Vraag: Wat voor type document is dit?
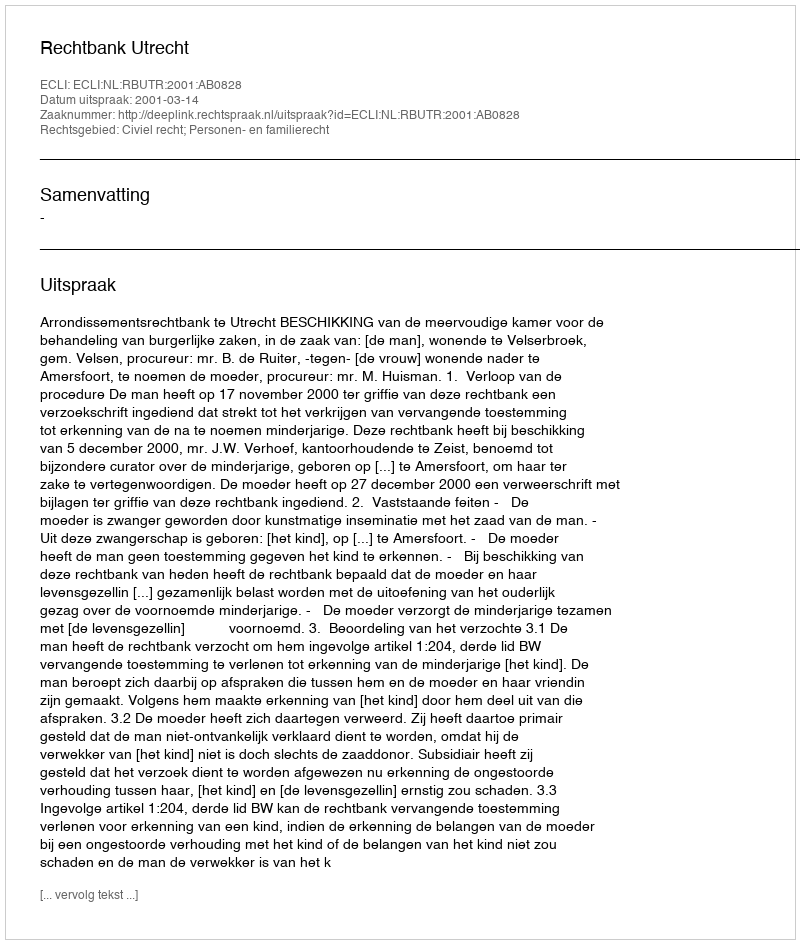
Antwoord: Uitspraak